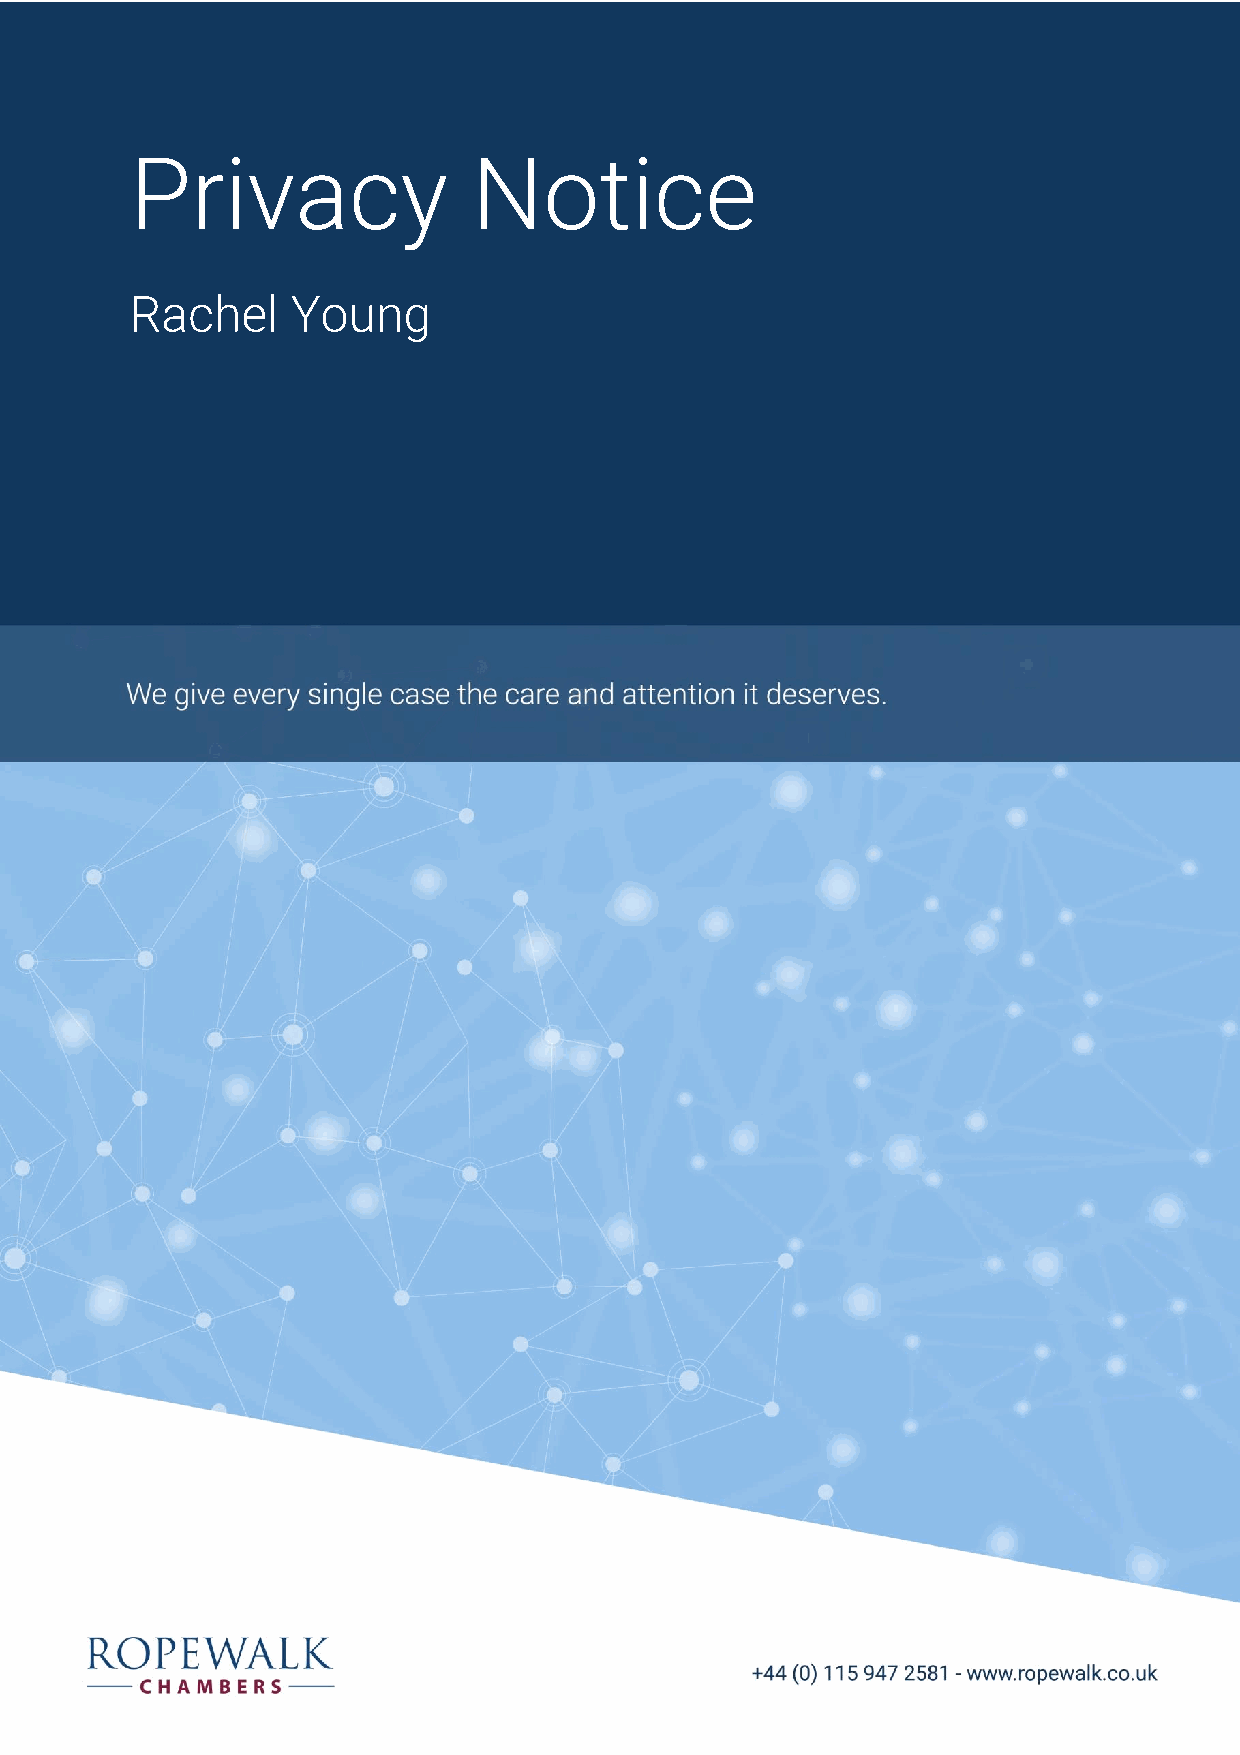
Privacy               Notice
 Rachel    Young
 1